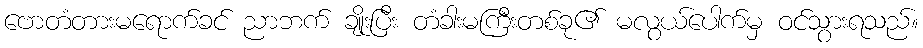
ဗောတံတားမရောက်ခင် ညာဘက် ချိုးပြီး တံခါးမကြီးတစ်ခု၏ မလွယ်ပေါက်မှ ဝင်သွားရသည်။